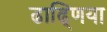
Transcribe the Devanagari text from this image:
ढाढ्णिया